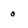
Character: 0